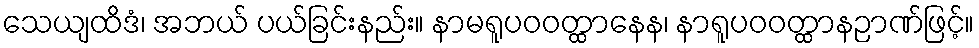
သေယျထိဒံ၊ အဘယ် ပယ်ခြင်းနည်း။ နာမရူပဝဝတ္ထာနေန၊ နာရူပဝဝတ္ထာနဉာဏ်ဖြင့်။